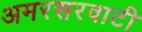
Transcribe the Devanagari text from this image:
अमरसरवाटी